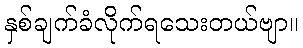
နှစ်ချက်ခံလိုက်ရသေးတယ်ဗျာ။